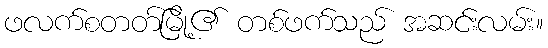
ဖလက်စတတ်မြို့၏ တစ်ဖက်သည် အဆင်းလမ်း။